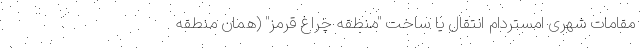
مقامات شهری امستردام انتقال یا ساخت "منطقه چراغ قرمز" (همان منطقه